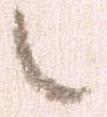
々